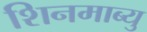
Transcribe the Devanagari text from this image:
शिनमाब्यु